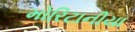
મોરિટાનીયા